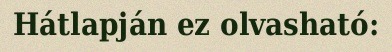
Hátlapján ez olvasható: